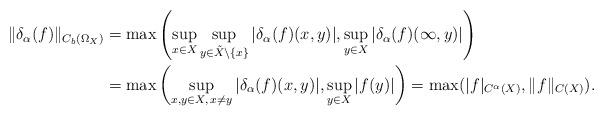
LaTeX: \begin{align*}\|\delta_\alpha(f)\|_{C_b(\Omega_X)}&=\max\left(\sup_{x\in X}\sup_{y\in\tilde{X}\setminus\{x\}} |\delta_\alpha(f)(x,y)|,\sup_{y\in X}|\delta_\alpha(f)(\infty,y)|\right)\\&=\max\left(\sup_{x,y\in X, \, x\neq y}|\delta_\alpha(f)(x,y)|,\sup_{y\in X}|f(y)|\right)=\max(|f|_{C^\alpha(X)},\|f\|_{C(X)}).\end{align*}